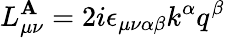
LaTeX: L_{\mu\nu}^{\mathbf{A}}=2i\epsilon_{\mu\nu\alpha\beta}k^{\alpha}q^{\beta}